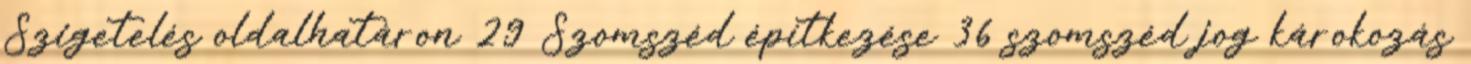
Szigetelés oldalhatáron 29 Szomszéd építkezése 36 szomszéd jog károkozás